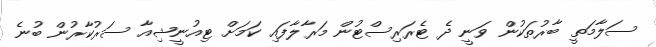
ސަލާމަތީ ބާރުތަކުން ވަނީ ދެ ޓެރަރިސްޓުން މަރާލާފައި ކަަމަށް ޓިއުނީޝިއާ ސަރުކާރުން ބުނެ